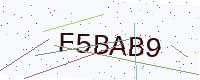
Text: F5BAB9